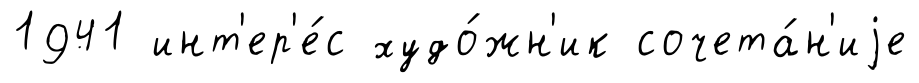
1941 инт'ер'е́с худо́жн'ик сочета́н'иjе